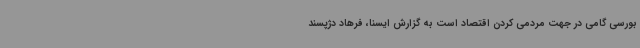
بورسی گامی در جهت مردمی کردن اقتصاد است به گزارش ایسنا، فرهاد دژپسند